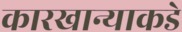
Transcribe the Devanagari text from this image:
कारखान्याकडे